Annual report of the Central Committee of the Association together with the report of the directors of the Pasteur Institute at Kasauli
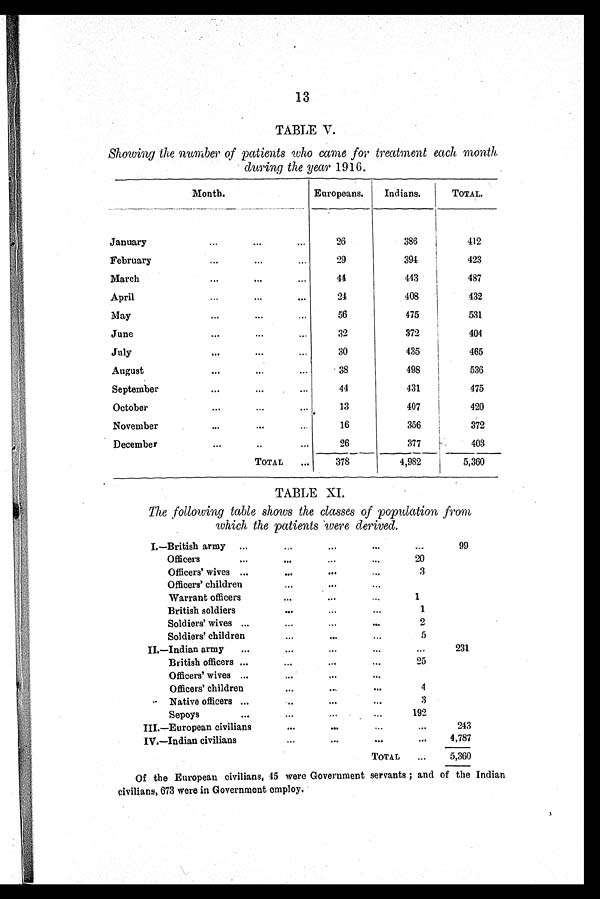
13
TABLE V.
Showing the number of patients who came for treatment each month
during the year 1916.
Month.
Europeans.
Indians.
TOTAL.
January
26
386
412
February
29
394
423
March
4 4
443
487
April
24
408
432
May
56
475
531
June
32
372
404
July
30
435
465
August
38
498
536
September
4 4
4 3 1
4 7 5
October
13
407
420
November
16
356
372
December
26
377
4 0 3
TOTAL
378
4,982
5,360
TABLE XI.
The following table shows the classes of population from
which the patients were derived.
I.—British army
...
99
Officers
2 0
Officers' wives
3
Officers' children
Warrant officers
1
British soldiers
1
Soldiers' wives
2
Soldiers' children
5
II.—Indian army
•••
231
British officers
2 5
Officers' wives
Officers' children
4
Native officers
3
Sepoys
192
III.—European civilians
. . .
243
IV.—Indian civilians
...
4,787
TOTAL
...
5,360
Of the European civilians, 45 were Government servants; and of the Indian
civilians, 673 were in Government employ.